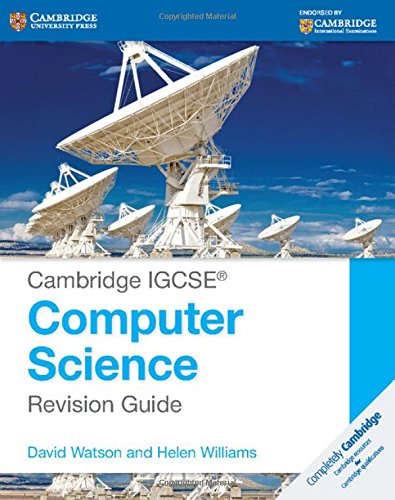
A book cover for Cambridge IGCSEÂ® Computer Science Revision Guide (Cambridge International Examinations); David Watson; Teen & Young Adult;